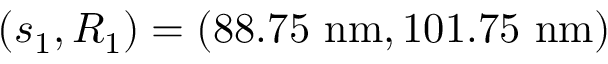
( s _ { 1 } , R _ { 1 } ) = ( 8 8 . 7 5 \ \mathrm { n m } , 1 0 1 . 7 5 \ \mathrm { n m } )